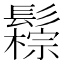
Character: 𩯖